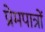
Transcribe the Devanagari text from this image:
प्रेमपात्रों